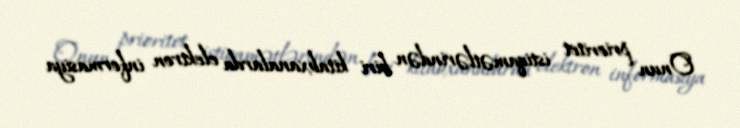
Onun prioritet istiqamətlərindən biri kitabxanalarda elektron informasiya